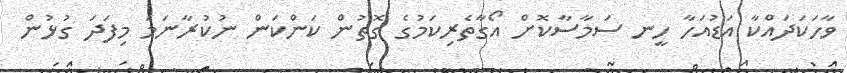
ވާހަކަދައްކާ އަޑުއަހާ ހީނ ސަމާސާކޮށް އޯގާތެރިކަމުގެ ގޮތުން ކަންކަން ނުކުރާނަމަ މިފަދަ ގުޅުން